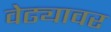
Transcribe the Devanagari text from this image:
वेढ्यावर